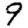
Digit: 9